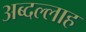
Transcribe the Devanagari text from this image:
अब्दल्लाह